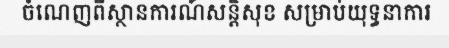
ចំណេញពីស្ថានការណ៍សន្តិសុខ សម្រាប់យុទ្ធនាការ